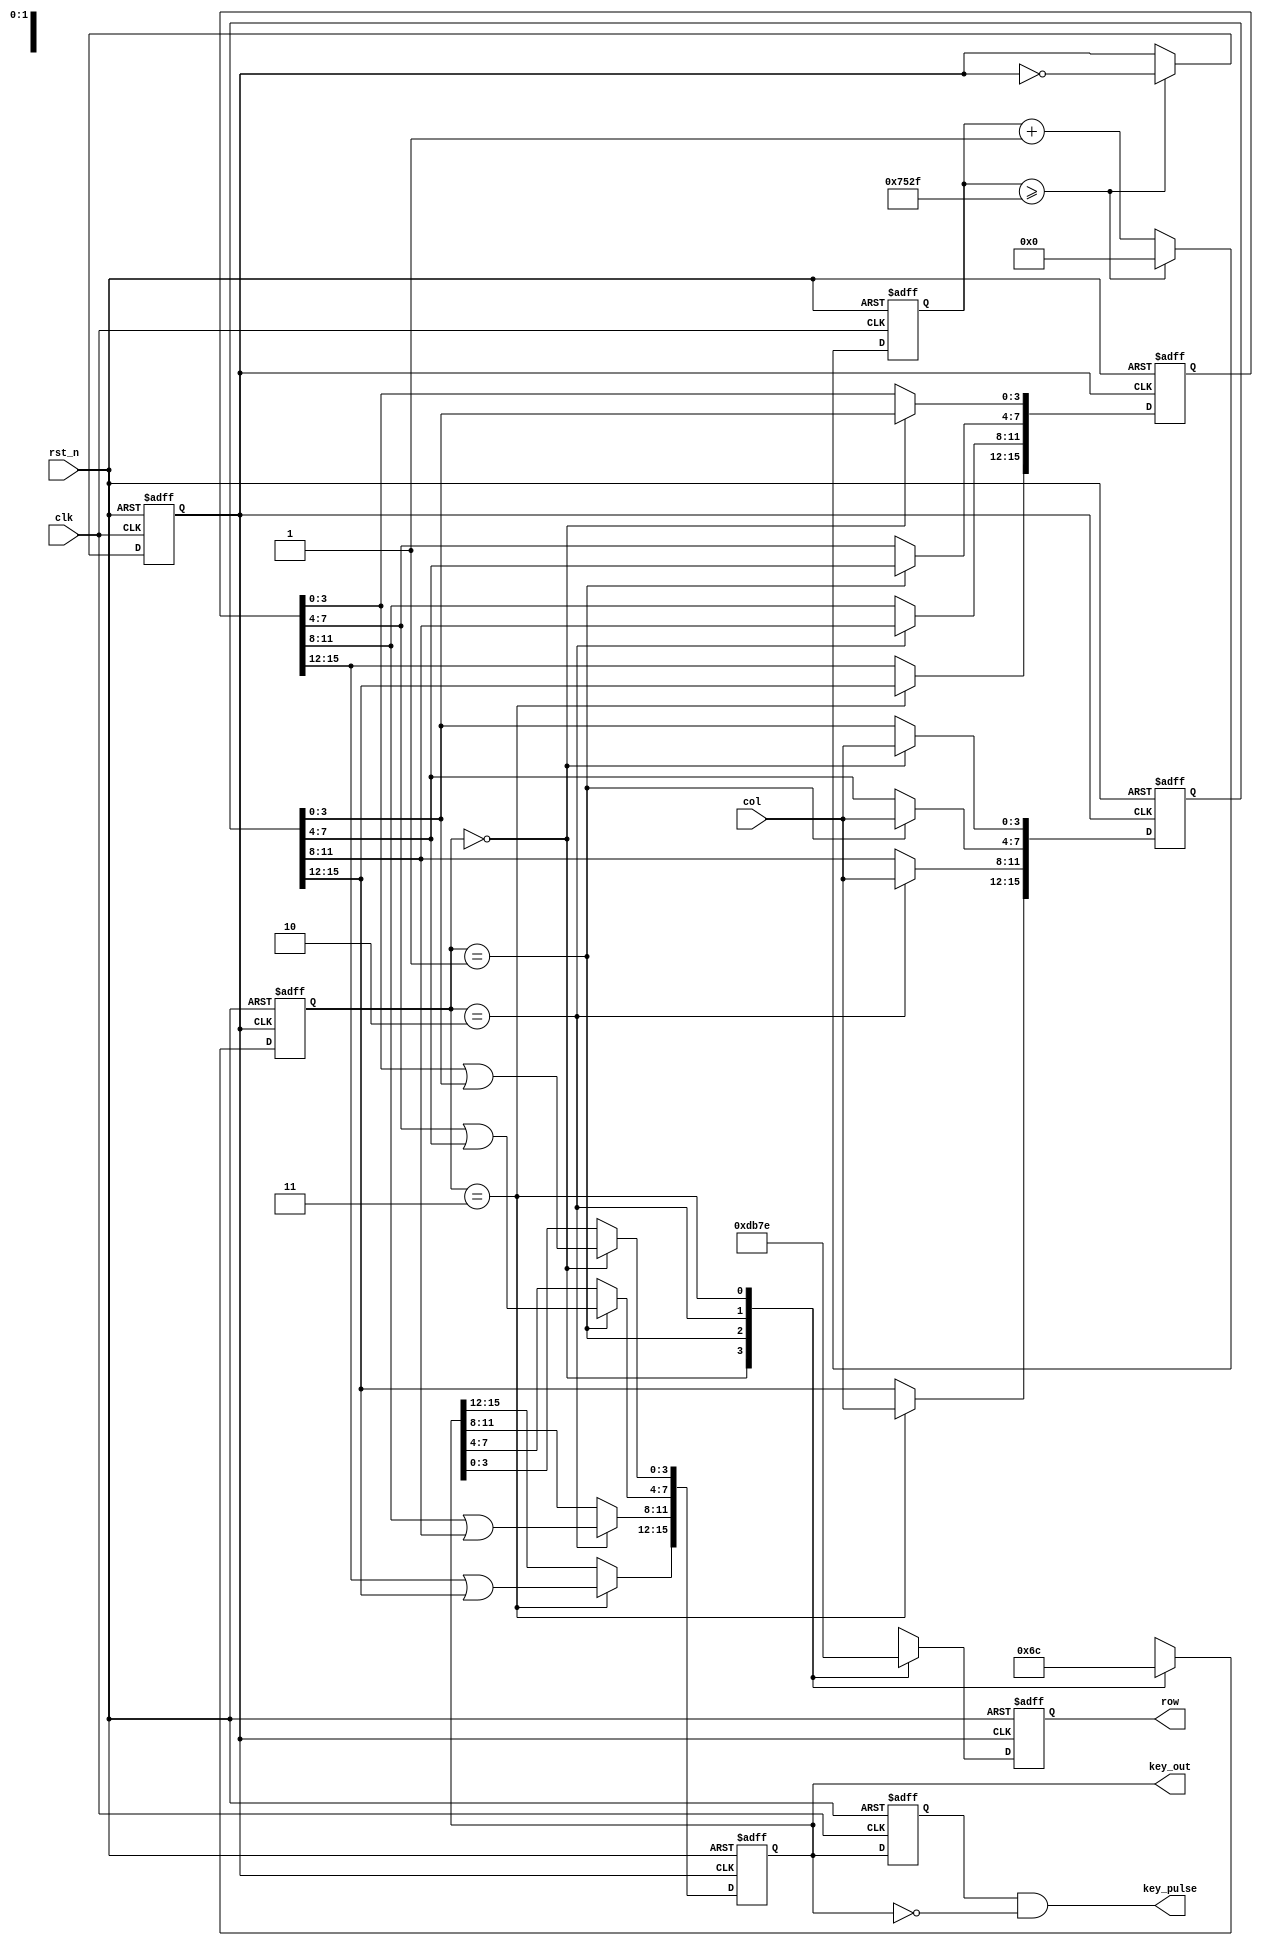
// 

module keyboard
#(
    parameter NUM_FOR_200HZ = 60000 // 200Hz12M/200=60000
)
(
    input               clk,
    input               rst_n,
    input       [3:0]   col,
    output  reg [3:0]   row,
    output  reg [15:0]   key_out,
    output   [15:0]  key_pulse
); 

    // 
    localparam STATE0 = 2'b00;
    localparam STATE1 = 2'b01;
    localparam STATE2 = 2'b10;
    localparam STATE3 = 2'b11;

    // 
    reg     [15:0]  cnt;
    reg     clk_200hz;
    always @(posedge clk or negedge rst_n) begin
        if(!rst_n) begin
            cnt <= 16'b0;
            clk_200hz <= 1'b0;
        end else begin
            // 2clk_200hz50%
            if(cnt >= ((NUM_FOR_200HZ>>1)-1)) begin
                cnt <= 16'd0;
                clk_200hz <= ~clk_200hz;
            end else begin
                cnt <= cnt + 1'b1;
                clk_200hz <= clk_200hz;
            end
        end
    end

    // 
    reg     [1:0]   c_state;
    always @(posedge clk_200hz or negedge rst_n) begin
        if(!rst_n) begin
            c_state <= STATE0;
            row <= 4'b1110;
        end else begin
            case(c_state)
                STATE0:  begin c_state <= STATE1; row <= 4'b1101; end
                STATE1:  begin c_state <= STATE2; row <= 4'b1011; end
                STATE2:  begin c_state <= STATE3; row <= 4'b0111; end
                STATE3:  begin c_state <= STATE0; row <= 4'b1110; end
                default: begin c_state <= STATE0; row <= 4'b1110; end
            endcase
        end
    end

    // 
    reg [15:0] key_1;
	reg [15:0] key_2;
    always @(posedge clk_200hz or negedge rst_n) begin
        if(!rst_n) begin
            key_out <= 16'hffff;
			key_1 <= 16'hffff;
			key_2 <= 16'hffff;
        end else begin
            /*
            // 
            case(c_state)  
                STATE0:  key_out[3:0]   <= col;
                STATE1:  key_out[7:4]   <= col;
                STATE2:  key_out[11:8]  <= col;
                STATE3:  key_out[15:12] <= col;
                default: key_out        <= 16'hffff; 
            endcase
            */
            
            // 
            case(c_state)  
                STATE0:  begin
                    key_1[3:0] <= col; // 
                    key_2[3:0] <= key_1[3:0]; // 
                    key_out[3:0]   <= key_2[3:0] | key_1[3:0]; // 
                end
                STATE1:  begin
                    key_1[7:4] <= col;
                    key_2[7:4] <= key_1[7:4];
                    key_out[7:4]   <= key_2[7:4] | key_1[7:4];
                end
                STATE2:  begin
                    key_1[11:8] <= col;
                    key_2[11:8] <= key_1[11:8];
                    key_out[11:8]   <= key_2[11:8] | key_1[11:8];
                end
                STATE3:  begin
                    key_1[15:12] <= col;
                    key_2[15:12] <= key_1[15:12];
                    key_out[15:12]   <= key_2[15:12] | key_1[15:12];
                end

                default: key_out <= 16'hffff; 
            endcase

        end
    end

    // 
    reg		[15:0]		key_out_r;
	//Register low_sw_r, lock low_sw to next clk
	always @ ( posedge clk  or  negedge rst_n )
		if (!rst_n) key_out_r <= 16'hffff;
		else  key_out_r <= key_out;   //
	
	//wire	[15:0]		 key_pulse;
	//Detect the negedge of low_sw, generate pulse
	assign key_pulse= key_out_r & ( ~key_out); 
endmodule